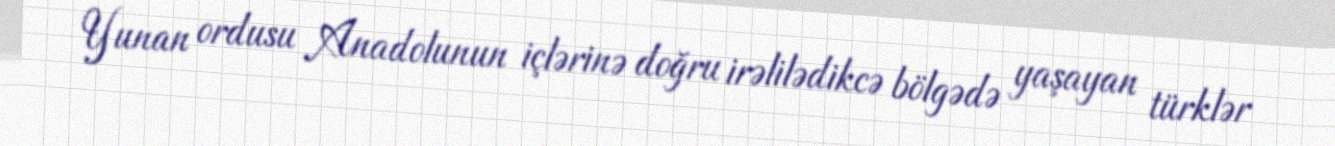
Yunan ordusu Anadolunun içlərinə doğru irəlilədikcə bölgədə yaşayan türklər